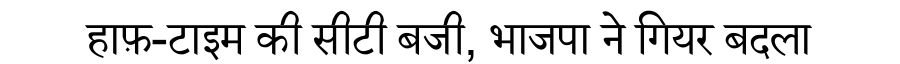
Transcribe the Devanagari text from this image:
हाफ़-टाइम की सीटी बजी, भाजपा ने गियर बदला